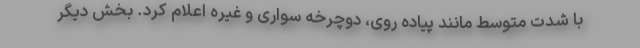
با شدت متوسط مانند پیاده روی، دوچرخه سواری و غیره اعلام کرد. بخش دیگر